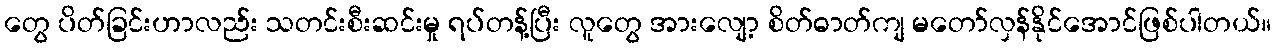
တွေ ပိတ်ခြင်းဟာလည်း သတင်းစီးဆင်းမှု ရပ်တန့်ပြီး လူတွေ အားလျော့ စိတ်ဓာတ်ကျ မတော်လှန်နိုင်အောင်ဖြစ်ပါတယ်။